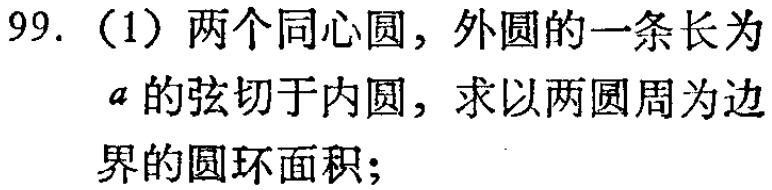
99.（1）两个同心圆，外圆的一条长为\(a\)的弦切于内圆，求以两圆周为边界的圆环面积；